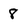
Character: 8